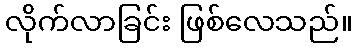
လိုက်လာခြင်း ဖြစ်လေသည်။